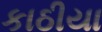
કાઠીયા